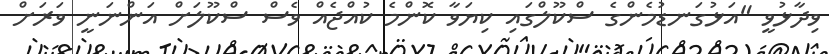
ވިދާޅުވީ "އަޅުގަނޑުމެންގެ ސްކޫލްގައި ކިޔަވާ ކޮންމެ ކުއްޖެއް ވެސް ސްކޫލަށް އަންނަނީ ވަރަށް